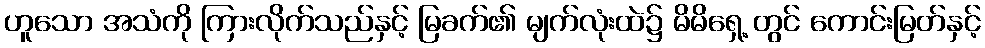
ဟူသော အသံကို ကြားလိုက်သည်နှင့် မြခက်၏ မျက်လုံးထဲ၌ မိမိရှေ့ တွင် ကောင်းမြတ်နှင့်